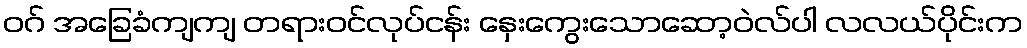
ဝဂ် အခြေခံကျကျ တရားဝင်လုပ်ငန်း နှေးကွေးသောဆော့ဝဲလ်ပါ လလယ်ပိုင်းက